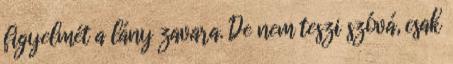
figyelmét a lány zavara. De nem teszi szóvá, csak